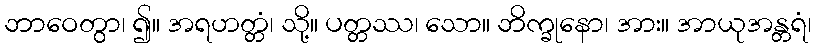
ဘာဝေတွာ၊ ၍။ အရဟတ္တံ၊ သို့။ ပတ္တဿ၊ သော။ ဘိက္ခုနော၊ အား။ အာယုအန္တရံ၊